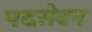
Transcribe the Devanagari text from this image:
पदसेवन